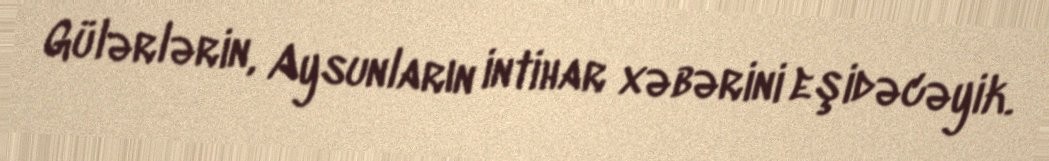
Gülərlərin, Aysunların intihar xəbərini eşidəcəyik.